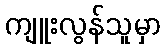
ကျူးလွန်သူမှာ